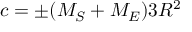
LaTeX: c = \pm ( M _ { S } + M _ { E } ) 3 R ^ { 2 }